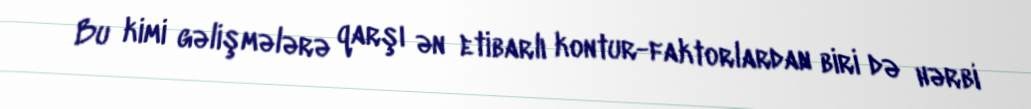
Bu kimi gəlişmələrə qarşı ən etibarlı kontur-faktorlardan biri də hərbi